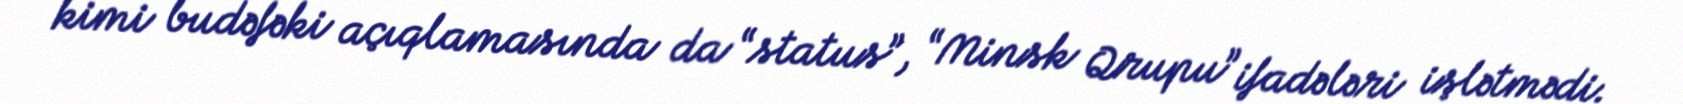
kimi budəfəki açıqlamasında da “status”, “Minsk Qrupu” ifadələri işlətmədi.